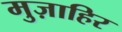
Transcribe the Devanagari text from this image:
मुज़ाहिर